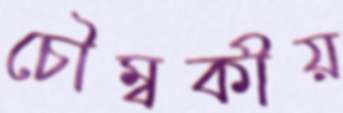
চৌম্বকীয়